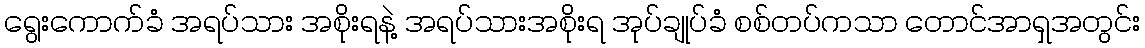
ရွေးကောက်ခံ အရပ်သား အစိုးရနဲ့ အရပ်သားအစိုးရ အုပ်ချုပ်ခံ စစ်တပ်ကသာ တောင်အာရှအတွင်း